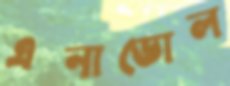
এনাডোল